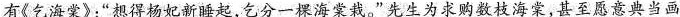
有(乞海棠)：“想得杨妃断睡起，乞分一棵海棠戴。”先生为求购数枝海棠，甚至愿意典当画